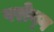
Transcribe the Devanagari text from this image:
परोय्ग